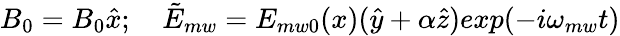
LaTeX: {B_{0}}=B_{0}\hat{x};\quad\tilde{E}_{mw}=E_{mw0}(x)(\hat{y}+\alpha\hat{z})exp(-i\omega_{mw}t)